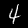
Digit: 4